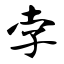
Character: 孛